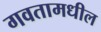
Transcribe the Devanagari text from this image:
गवतामधील